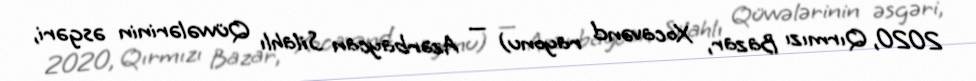
2020, Qırmızı Bazar, Xocavənd rayonu) — Azərbaycan Silahlı Qüvvələrinin əsgəri,